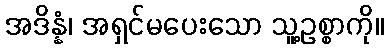
အဒိန္နံ၊ အရှင်မပေးသော သူ့ဥစ္စာကို။